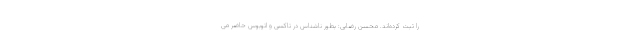
را ثبت کرده‌اند. محسن رضایی: بطور ناشناس در تاکسی و اتوبوس حاضر می